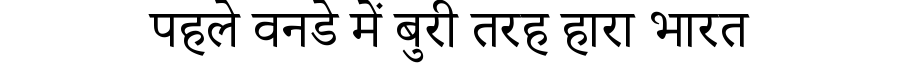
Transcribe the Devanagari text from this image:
पहले वनडे में बुरी तरह हारा भारत